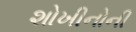
શોખીનોની